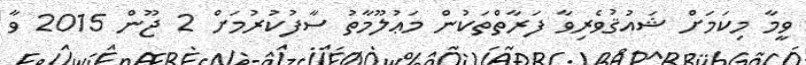
ވީމާ މިކަމަށް ޝައުޤުވެރިވާ ފަރާތްތަކުން މަޢުލޫމާތު ސާފުކުރުމަށް 2 ޖޫން 2015 ވާ